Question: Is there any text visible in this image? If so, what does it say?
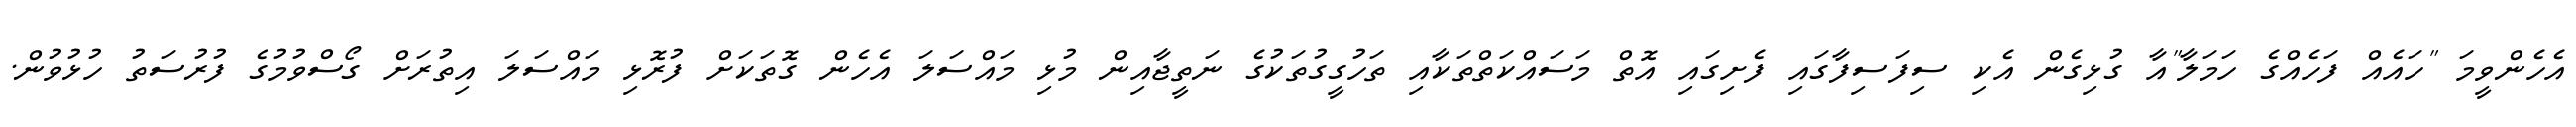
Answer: އެހެންވީމަ "ހައެއް ފަހެއްގެ ހަމަލާ"އާ ގުޅިގެން އެކި ސިފަސިފާގައި ފެށިގައި އޮތް މަސައްކަތްތަކާއި ތަހުގީގުތަކުގެ ނަތީޖާއިން މުޅި މައްސަލަ އެހެން ގޮތަކަށް ފުރޮޅި މައްސަލަ އިތުރަށް ގޯސްވުމުގެ ފުރުސަތު ހުޅުވުން.